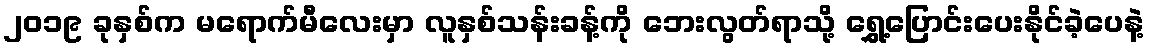
၂၀၁၉ ခုနှစ်က မရောက်မီလေးမှာ လူနှစ်သန်းခန့်ကို ဘေးလွတ်ရာသို့ ရွှေ့ပြောင်းပေးနိုင်ခဲ့ပေနဲ့